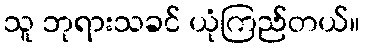
သူ ဘုရားသခင် ယုံကြည်တယ်။